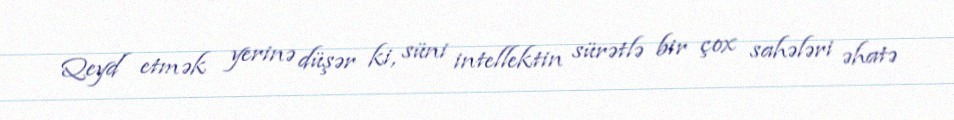
Qeyd etmək yerinə düşər ki, süni intellektin sürətlə bir çox sahələri əhatə